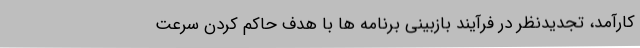
کارآمد، تجدیدنظر در فرآیند بازبینی برنامه ها با هدف حاکم کردن سرعت